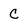
Character: C